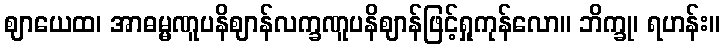
ဈာယေထ၊ အာဓမ္မဏူပနိဈာန်လက္ခဏူပနိဈာန်ဖြင့်ရှုကုန်လော။ ဘိက္ခု၊ ရဟန်း။